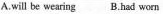
A.will be wearing B.Had worn